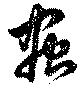
蟲